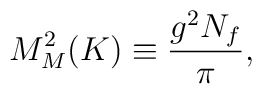
M^2_M(K)\equiv \frac{g^2N_f}{\pi},